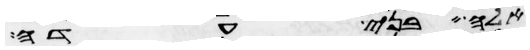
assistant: אלה בני עדה